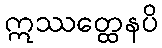
ဣဿတ္ထေနပိ